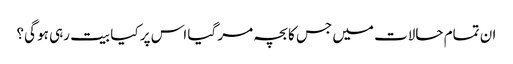
ان تمام حالات میں جس کا بچہ مر گیا اس پر کیا بیت رہی ہو گی؟